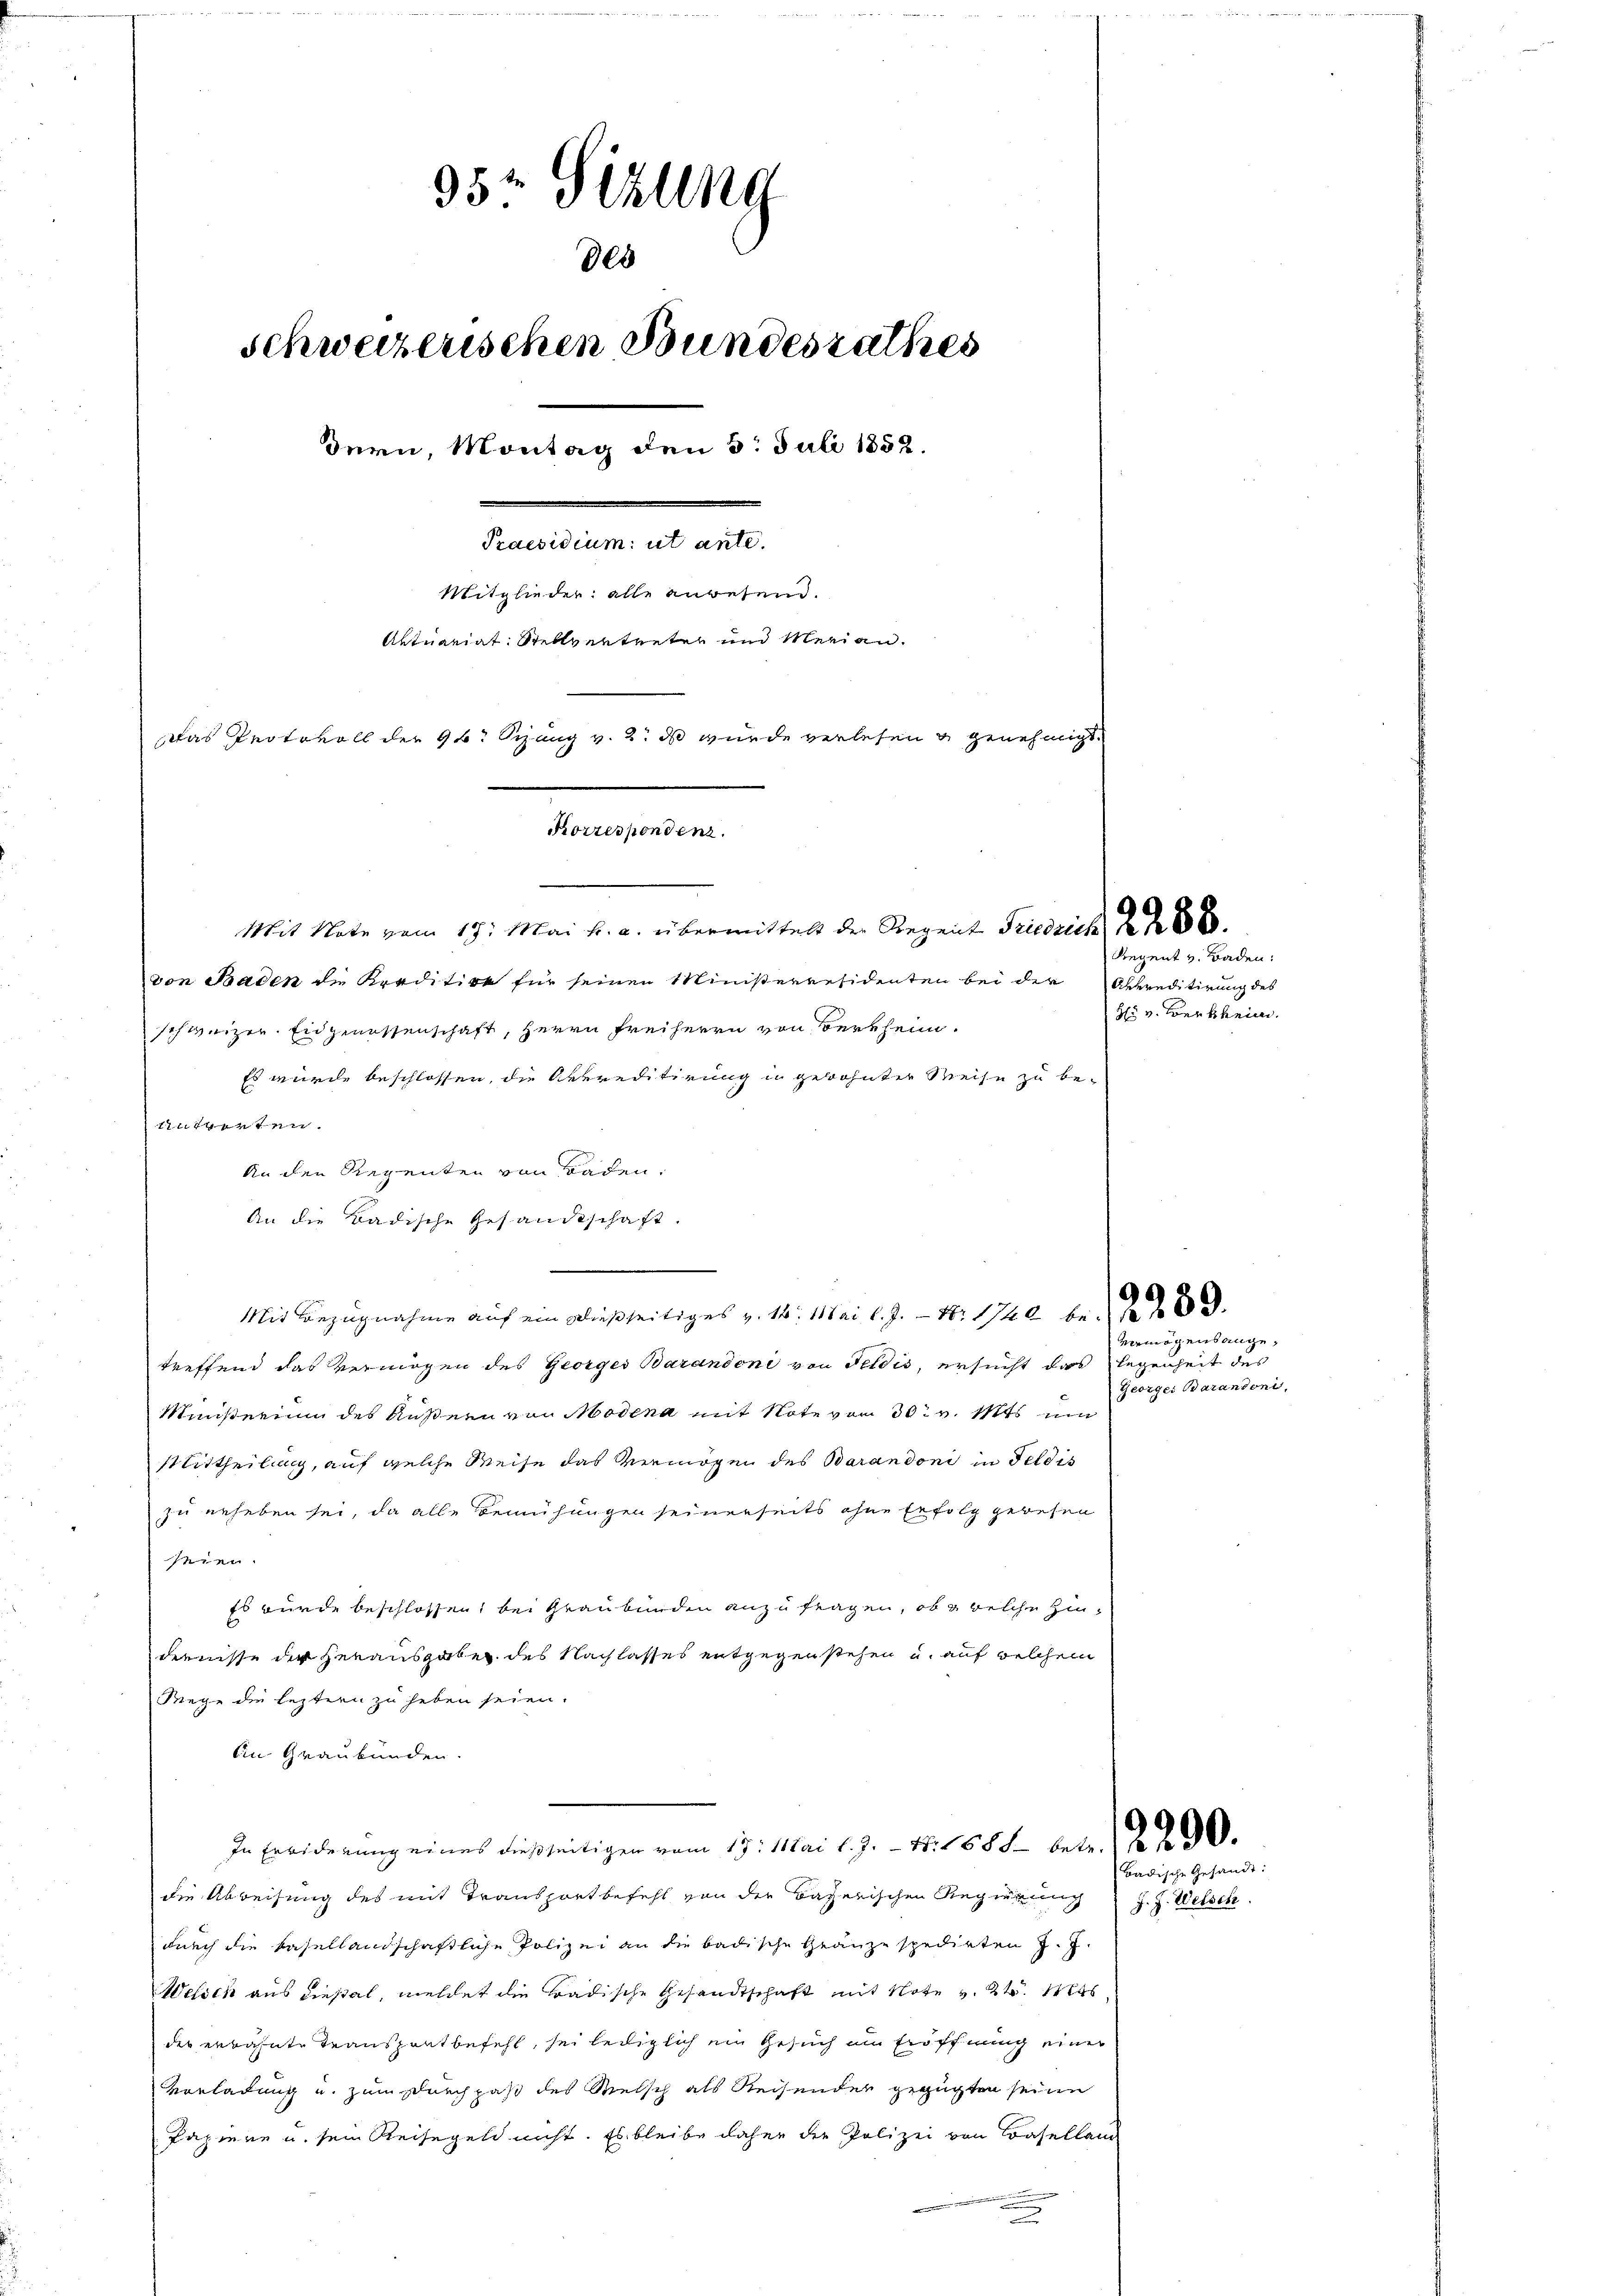
35r Sitzung
Schweizerischen Bundesrathes
dern, Montag den 3. Juli 1852.
Praesidium ut ante.
Mitglieder: alle angesein.
Antuariat Stellvertreten und Merian¬
Das Protokoll der 9 t Seung v. 2. ds wurde verlesen & genehmigt.
Korrespondenz.

des

Mit Note vom 17. Mai h. a. übermittelt der Regent Friedrich f 8 x
von Baden de Kreditive für seinen Ministerresidenten bei der Anpreditirung des
schweizer. Eidgenossenschaft, Herrn Freiherrn von Vertheim.
Es wurde beschlossen, die Orkreditirung in gewohnter Weise zu beantworten.
An den Regenten von Baden,
An die Badische Gesandtschaft.
....................................................................................................................................................................................................................................................................................
Mit Bezugnahme auf ein dießseitiges v. 16. Mai l. J. Nr. 1740 bef
treffend das Vermögen des Georges Barandoni von Feldis, ersucht das legenheit des
Ministerium des Äußern von Modena mit Note vom 30. v. Mts. um
Mittheilung, auf welche Weise das Vermögen des Barandoni in Feldis
zu erheben sei, da alle Bemühungen seinerseits ohne Erfolg gewesen
seien.
Es wurde beschlossen, bei Graubünden anzufragen, ob & welche Zindernisse der Herausgaben des Nachlasses entgegen stehen u. auf welchem
Wege die leztern zu heben seien.
An Graubünden
In Erwiderung eines dießseitigen vom 17. Mai l. J. - 4. 1686 betr. § 290.
die Abweisung des mit Transportbefehl von der Bayerischen Regierung
durch die Basellandschaftliche Polizei an die badische Ganzespedirten J. J.
Welsch aus diesel, meldet die Badische Gesandtschaft mit Note v. 24. 14
der erwähnte Transpantbefehl, sei lediglich ein Gesuch im Eröffnung einer
Vorladung u. zum Durchpaß des Melsch als Reisendes gefügten seine
Papiere u. sein Reisegeld nicht. Es bleibe daher die Polizei von Baselland
i

Regent v. Baden:
85 v. Bertheim.

vermögens ange¬
Georger Barandoni

Badische Gesandt:

J. J. Welsch